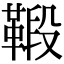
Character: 𩋦